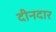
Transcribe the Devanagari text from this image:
दीनदार